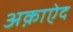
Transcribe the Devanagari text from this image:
अक़ाऐद